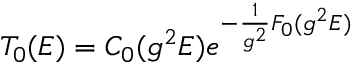
{ \cal T } _ { 0 } ( E ) = C _ { 0 } ( g ^ { 2 } E ) e ^ { - \frac { 1 } { g ^ { 2 } } F _ { 0 } ( g ^ { 2 } E ) }